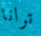
ترانا